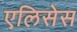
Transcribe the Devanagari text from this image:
एलिसेस